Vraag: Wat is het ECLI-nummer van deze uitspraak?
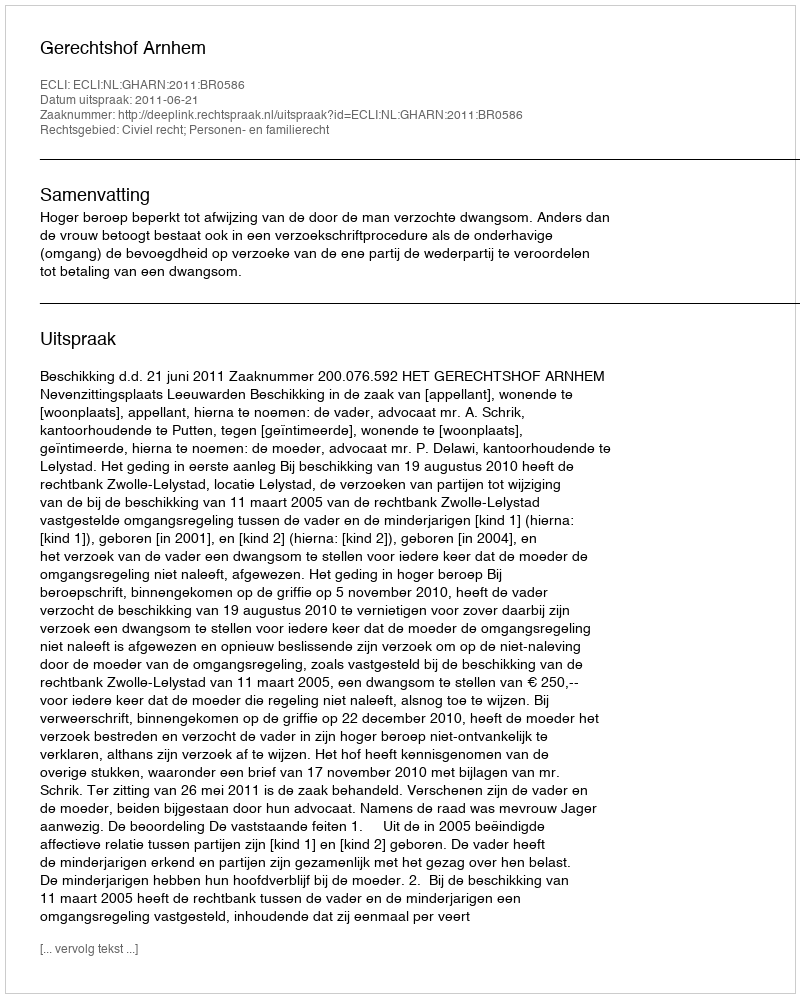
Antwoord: ECLI:NL:GHARN:2011:BR0586